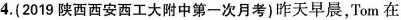
4.(2019陕西西安西工大附中第一次月考)昨天早晨，Tom在